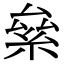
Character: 絫